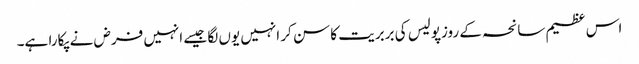
اس عظیم سانحہ کے روزپولیس کی بربریت کا سن کر انہیں یوں لگا جیسے انہیں فرض نے پکارا ہے۔